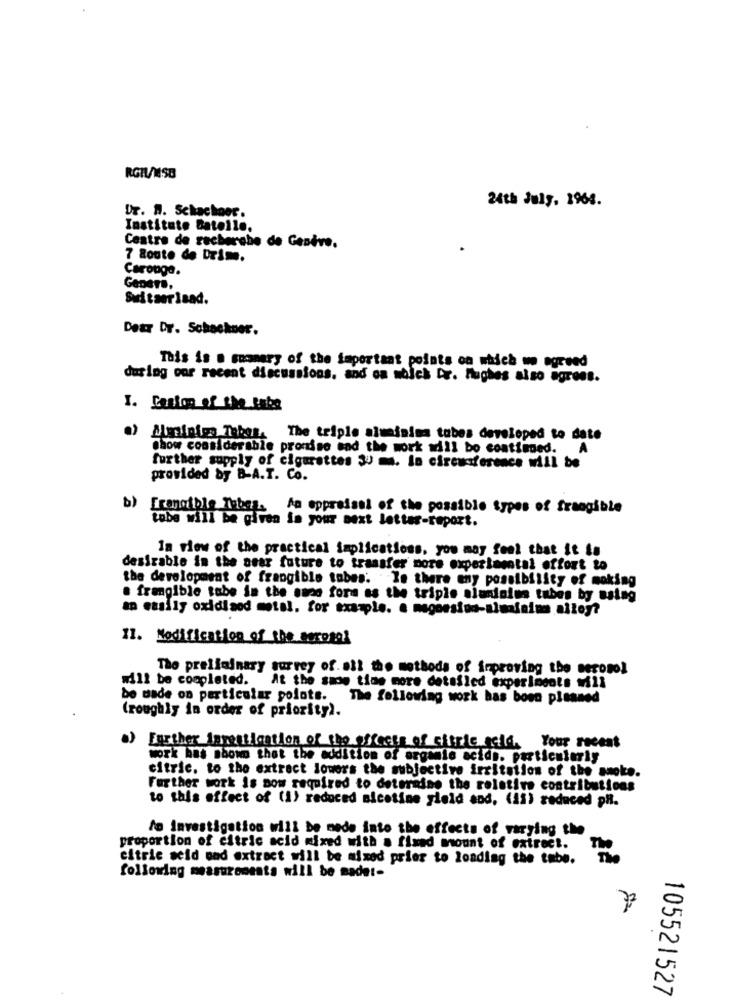
RGIV/MSB
24th July, 1964.
Ur. H. Schachner.
Instituto Datolle.
Centre de recherche de Genève.
7 Route de Drime.
Carouga.
Genere,
Switzerland.
Dear Dr. Schachner.
This is . summary of the important points on which we agreed
during our recent discussions, and on which Dr. Hughes also agrees.
I. Cesion of the taba
Meninigs Taber. The triple aluminima tubes developed to date
Show considerable promise and the work will bo contiened.
further supply of cigarettes SU m. In circumference will be
provided by B-A.T. Co.
b)
Trangible Tubes.
An appraisal of the possible types of fraogible
tobe will be given in your next letter-report.
in view of the practical implications, you may feel that it to
desirable in the near future to transfer more experimental effort to
the development of frangiblo tobes: le there any possibility of moking
a frangible tube in the suno fora as the triple aluminios tubes by using
an easily oxidised motal. for example. a megoesind-almainins alley?
I1. Modification of the pocosal
The preliminary surrey of. all the methods of improving the meromol
will be completed. At the same time more detailed experiments will
be made on particular polots. The following work has boen planned
(roughly in order of priority).
.) Further investigation of the effects of citric geld. Your recent
work has shown that the addition of organis acids. particularly
citric. to the extract lowers the subjective irritation of the smoke.
Further work is now required to determine the relative contributions
to this effect of (1) reduced nicotine yield and, (ii) reduced pR.
to Investigation will be mede into the effects of varying the
proportion of citric acid mixed with a fixed mount of extrect.
citric acid ond extract will be mixed prior to loading the tube.
following measurements will be madet-
105521527